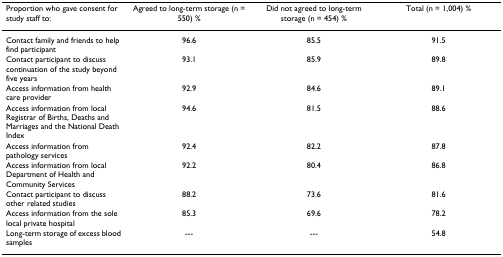
| Proportion who gave consent for study staff to: | Agreed to long-term storage (n = 550) % | Did not agreed to long-term storage (n = 454) % | Total (n = 1,004) % |
 | --- | --- | --- | --- |
 | Contact family and friends to help find participant | 96.6 | 85.5 | 91.5 |
 | Contact participant to discuss continuation of the study beyond five years | 93.1 | 85.9 | 89.8 |
 | Access information from health care provider | 92.9 | 84.6 | 89.1 |
 | Access information from local Registrar of Births, Deaths and Marriages and the National Death Index | 94.6 | 81.5 | 88.6 |
 | Access information from pathology services | 92.4 | 82.2 | 87.8 |
 | Access information from local Department of Health and Community Services | 92.2 | 80.4 | 86.8 |
 | Contact participant to discuss other related studies | 88.2 | 73.6 | 81.6 |
 | Access information from the sole local private hospital | 85.3 | 69.6 | 78.2 |
 | Long-term storage of excess blood samples | --- | --- | 54.8 |